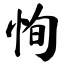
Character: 恂